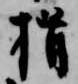
揖